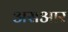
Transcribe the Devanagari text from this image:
असआर